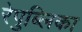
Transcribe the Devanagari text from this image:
रेपुब्लिका